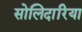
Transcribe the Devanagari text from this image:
सोलिदारिया